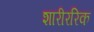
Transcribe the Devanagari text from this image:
शारीररिक